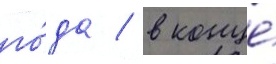
го́да / в конце́